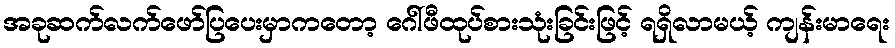
အခုဆက်လက်ဖော်ပြပေးမှာကတော့ ဂေါ်ဖီထုပ်စားသုံးခြင်းဖြင့် ရရှိလာမယ့် ကျန်းမာရေး